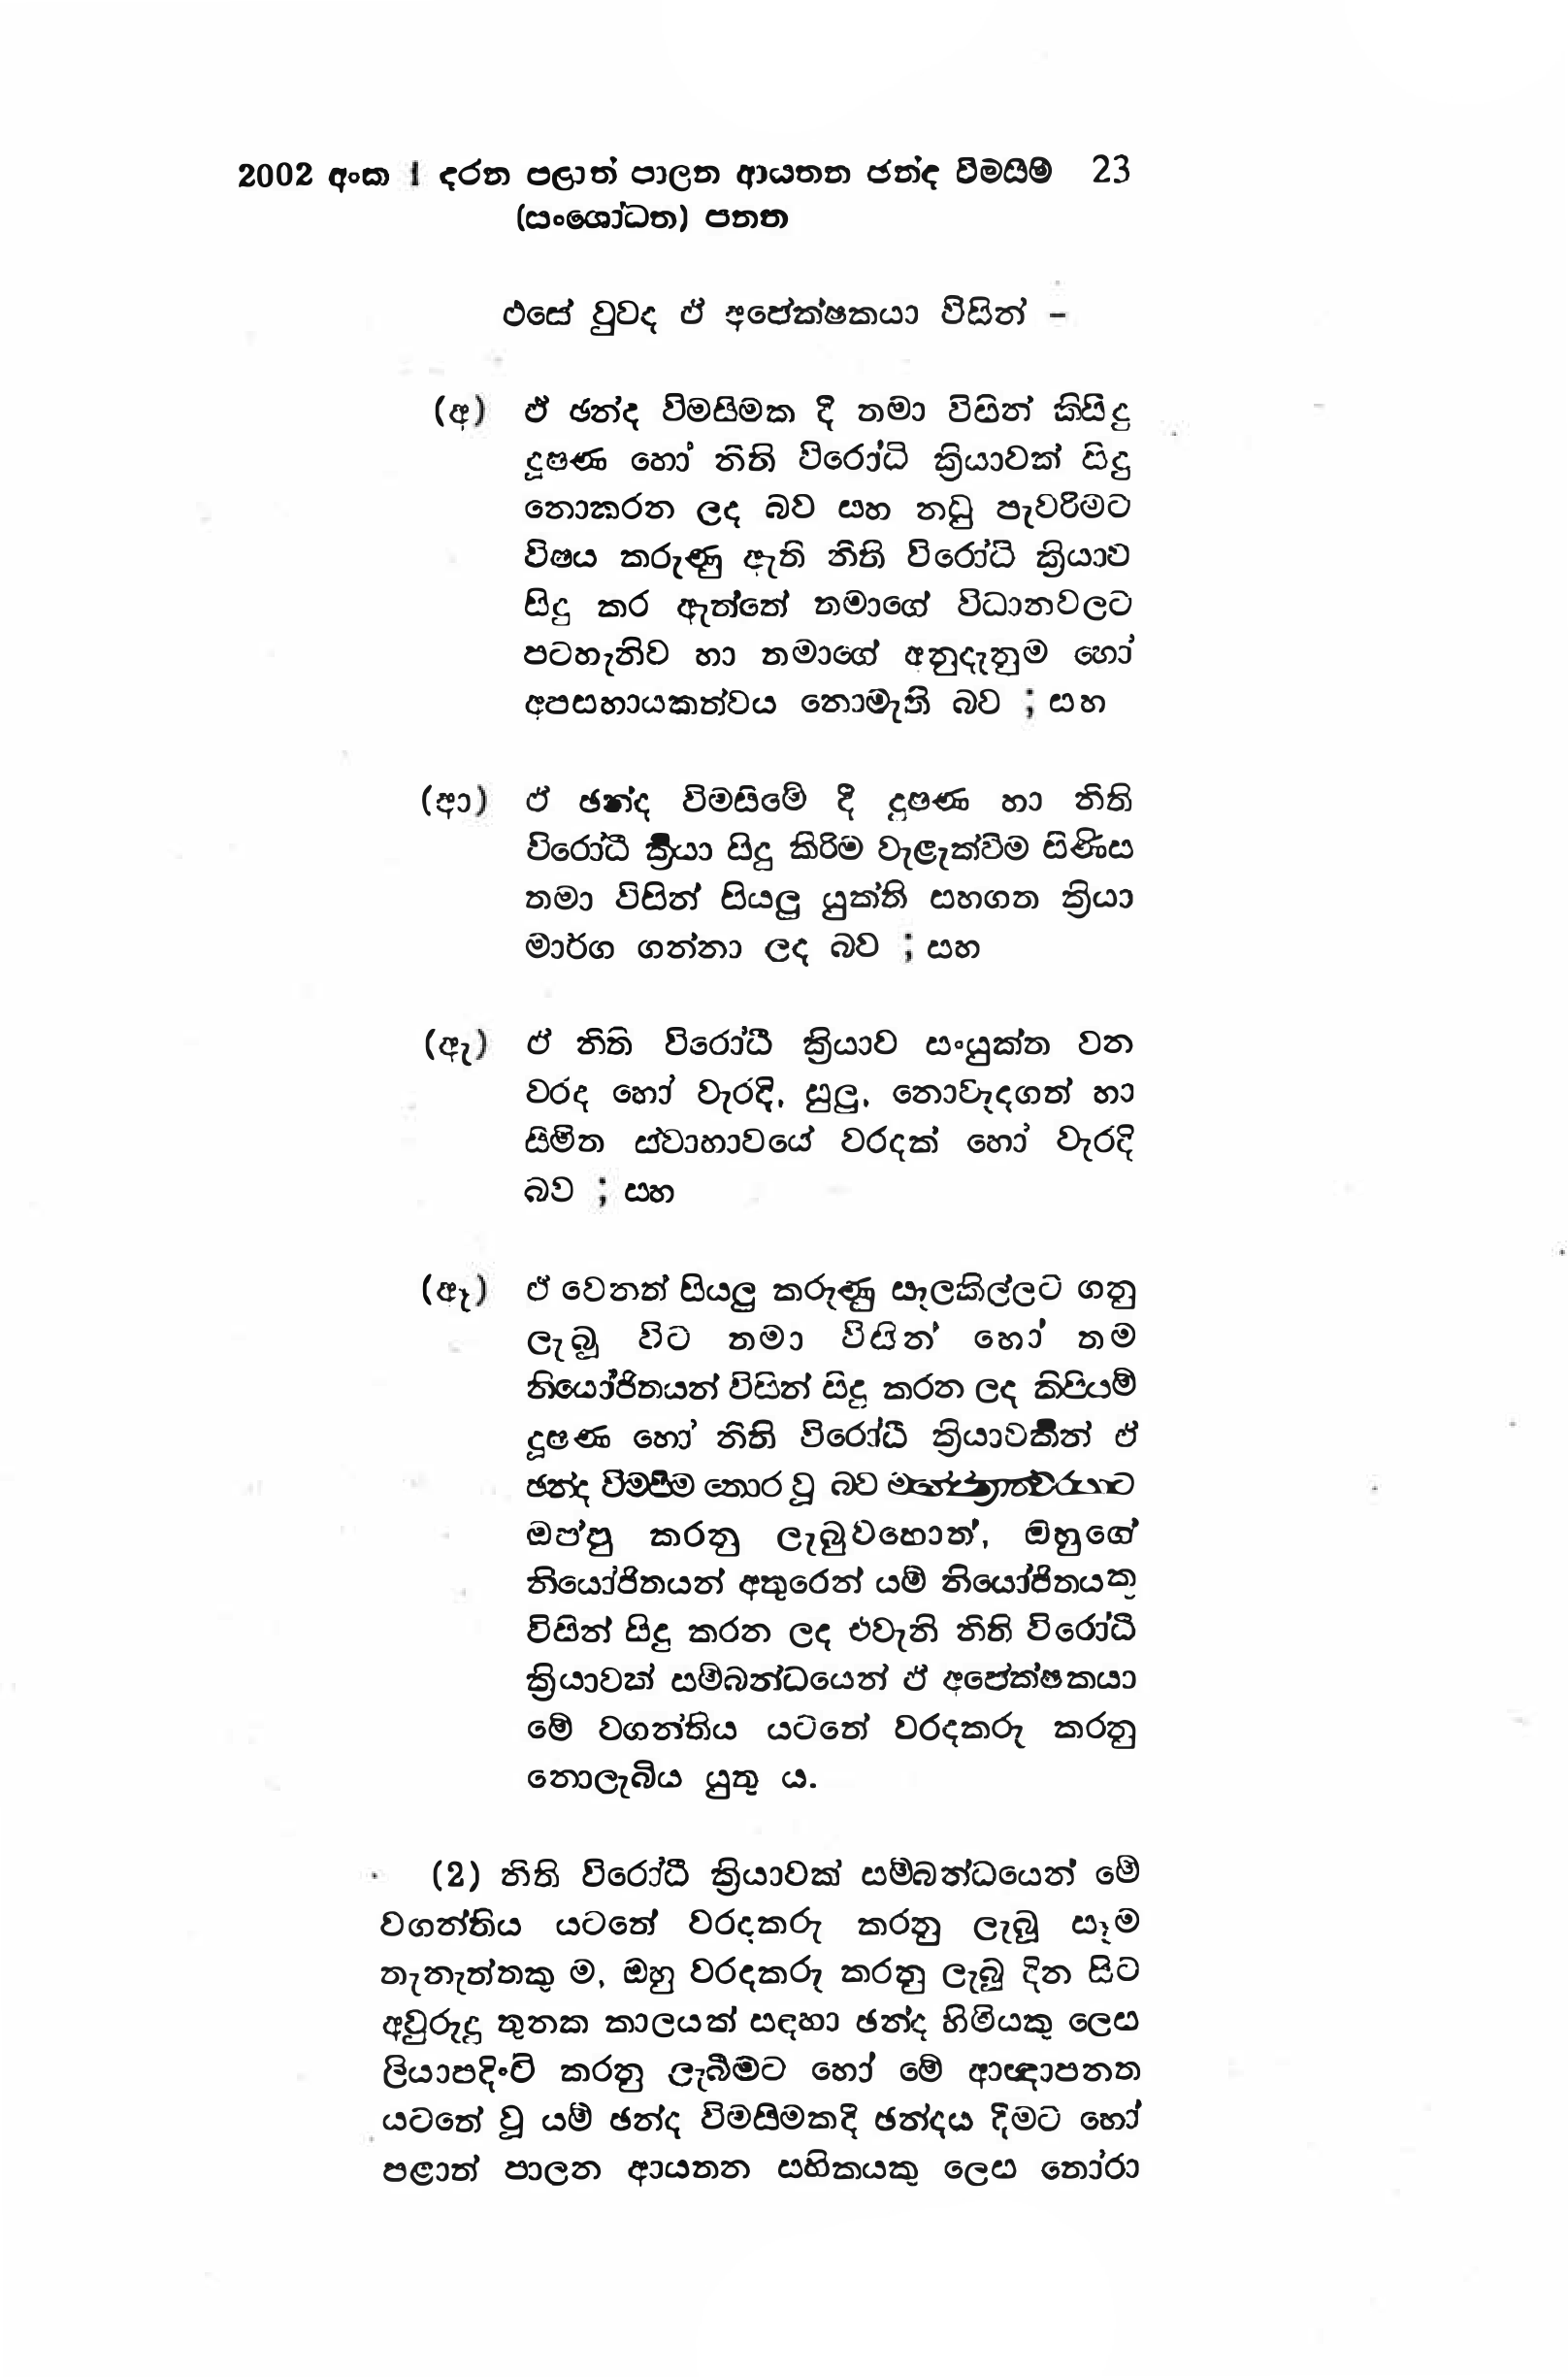
2002 අංක 1 දරන පළාත් පාලන ආයතන ඡන්ද විමසීම් 23
(සංශෝධන) පනත

එසේ වුවද ඒ අපේක්ෂකයා විසින් -

(අ) ඒ ඡන්ද විමසිමක දී තමා විසින් කිසිදු
දූෂණ හෝ නීති විරෝධි ක්‍රියාවක් සිදු
නොකරන ලද බව සහ නඩු පැවරිමට
විෂය කරුණු ඇති නීති විරෝධි ක්‍රියාව
සිදු කර ඇත්තේ තමාගේ විධානවලට
පටහැනිව හා තමාගේ අනුදැනුම හෝ
අපසහායකත්වය නොමැති බව ; සහ

(ආ) ඒ ඡන්ද විමසිමේ දී දුෂණ හා නීති
විරෝධී ක්‍රියා සිදු කිරිම වැළැක්වීම පිණිස
තමා විසින් සියලු යුක්ති සහගත ක්‍රියා
මාර්ග ගන්නා ලද බව ; සහ

(ඇ) ඒ නිති විරෝධී ක්‍රියාව සංයුක්ත වන
වරද හෝ වැරදි, සුලු,නොවැදගත් හා
සිමිත ස්වාභාවයේ වරදක් හෝ වැරදි
බව ; සහ

(ඈ) ඒ වෙනත් සියලු කරුණු සැලකිල්ලට ගනු
ලැබූ විට තමා විසින් හෝ තම
නියෝජිතයන් විසින් සිදු කරන ලද කිපියම්
දූෂණ හෝ නීති විරෝධී ක්‍රියාවකින් ඒ
ඡන්ද විමපීම තොර වූ බව මහෙස්ත්‍රාත්වරයාට
ඔප්පු කරනු ලැබුවහොත්, ඔහුගේ
නියෝජිතයන් අතුරෙන් යම් නියෝජිතයකු
විසින් සිදු කරන ලද එවැනි නිති විරෝධී
ක්‍රියාවක් සම්බන්ධයෙන් ඵ් අපේක්ෂකයා
මේ වගන්තිය යටතේ වරදකරු කරනු
නොලැබිය යුතු ය.

(2) නිති විරෝධී ක්‍රියාවක් සම්බන්ධයෙන් මේ
වගන්තිය යටතේ වරදකරු කරනු ලැබූ සෑම
තැනැත්තකු ම, ඔහු වරදකරු කරනු ලැබූ දින සිට
අවුරුදු තුනක කාලයක් සඳහා ඡන්ද හිමියකු ලෙස
ලියාපදිංචි කරනු ලැබීමට හෝ මේ ආඥාපනත
යටතේ වූ යම් ඡන්ද විමසිමකදී ඡන්දය දීමට හෝ
පළාත් පාලන ආයතන සහිකයකු ලෙස තෝරා